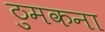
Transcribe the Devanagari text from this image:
ठुमकना